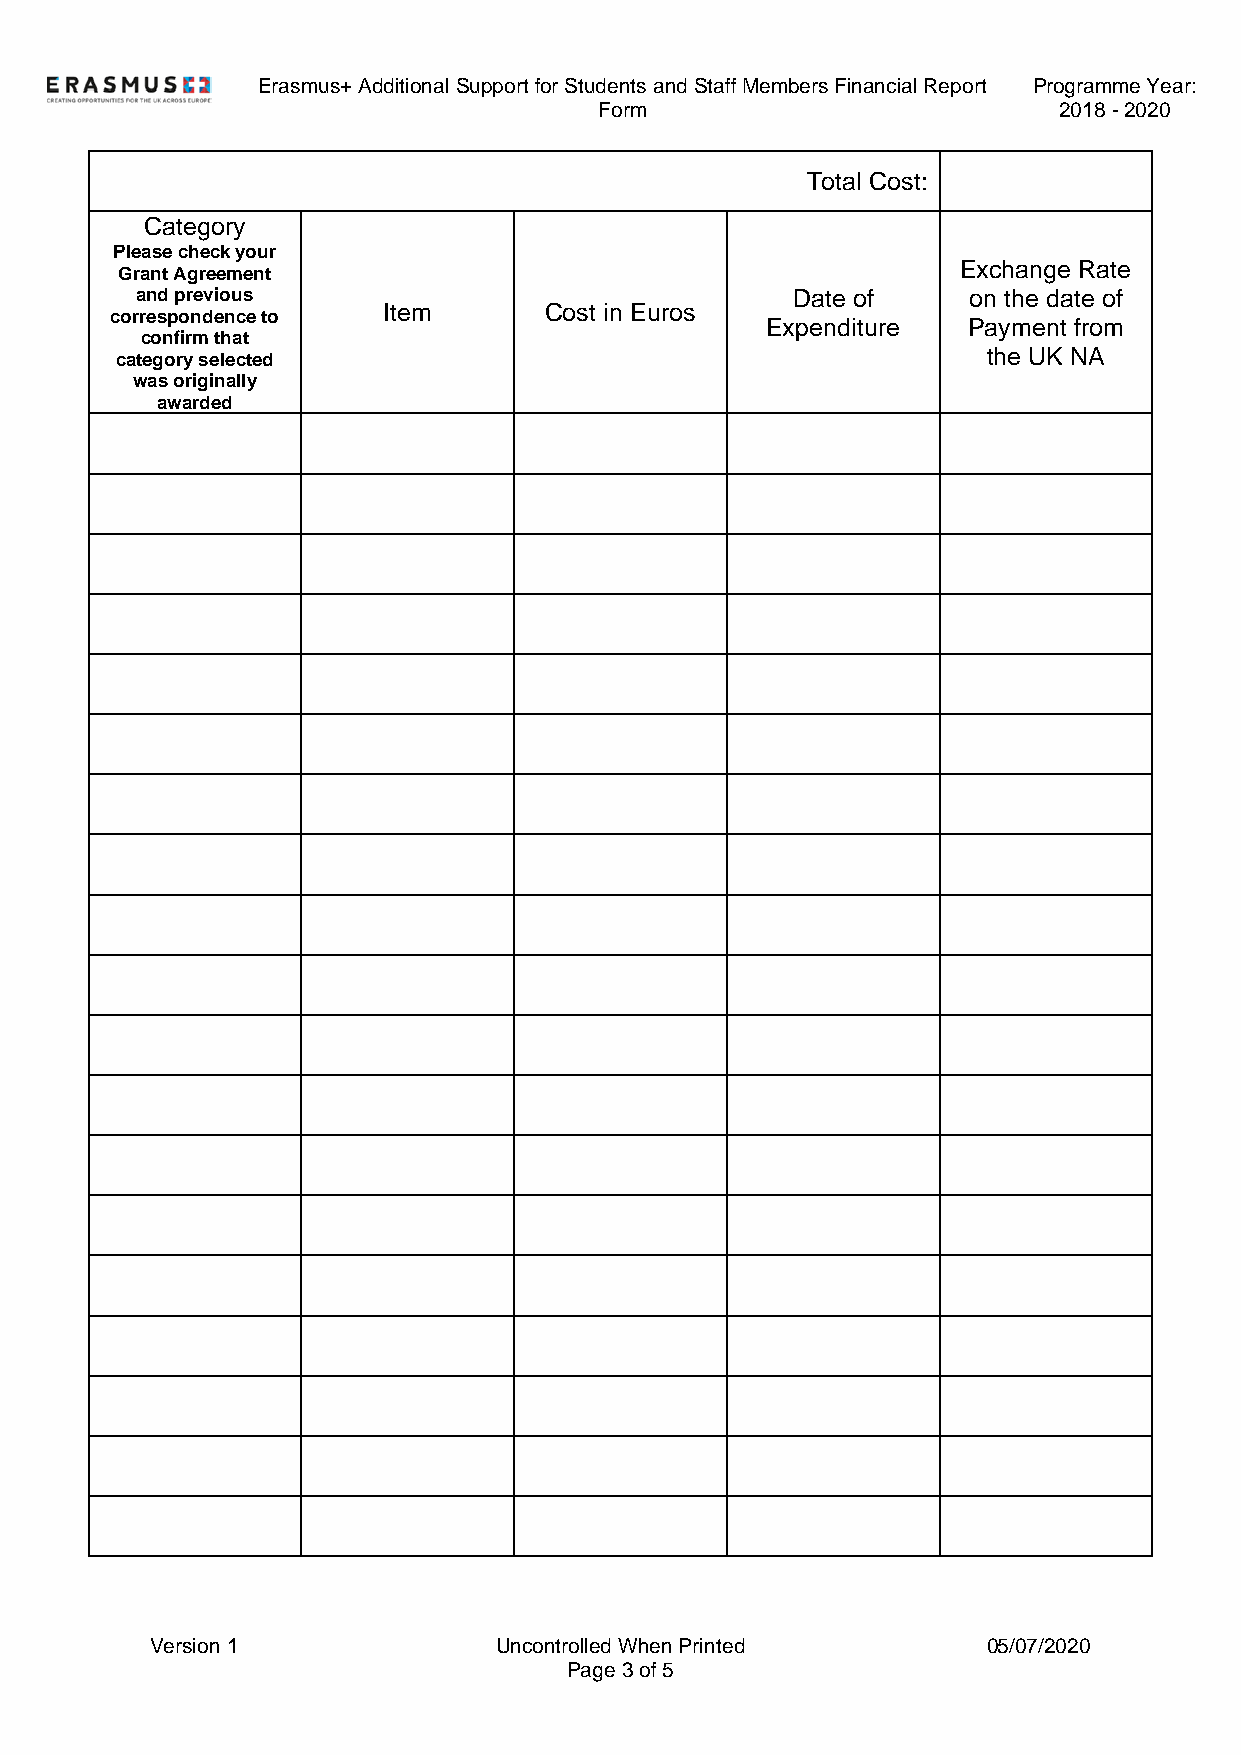
Erasmus+ Additional Support for Students and Staff Members Financial Report Programme Year:
 Form                          2018 - 2020
 Total Cost:
 Category
 Please check your
 Exchange Rate
 Grant Agreement
 and previous                               Date of     on the date of
 Item       Cost in Euros
 correspondence to
 Expenditure  Payment from
 confirm that
 the UK NA
 category selected
 was originally
 awarded
 Version 1              Uncontrolled When Printed       05/07/2020
 Page 3 of 5